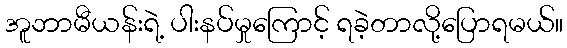
အူဘာမီယန်းရဲ့ ပါးနပ်မှုကြောင့် ရခဲ့တာလို့ပြောရမယ်။